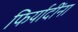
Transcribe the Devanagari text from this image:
फिर्यादींना